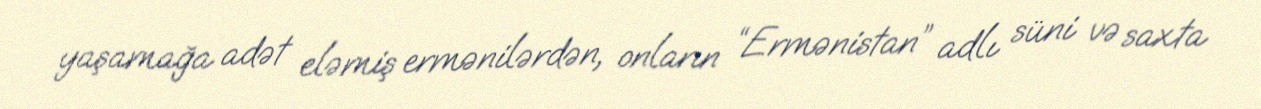
yaşamağa adət eləmiş ermənilərdən, onların “Ermənistan” adlı süni və saxta